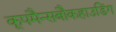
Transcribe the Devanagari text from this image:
कूपमैन्सबौकहाउडिंग